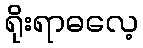
ရိုးရာဓလေ့